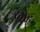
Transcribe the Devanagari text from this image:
देम्नेह